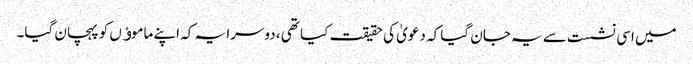
میں اسی نشست سے یہ جان گیا کہ دعویٰ کی حقیقت کیا تھی ، دوسرا یہ کہ اپنے ماموﺅں کو پہچان گیا۔